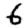
Digit: 6